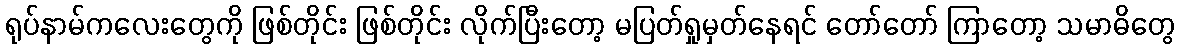
ရုပ်နာမ်ကလေးတွေကို ဖြစ်တိုင်း ဖြစ်တိုင်း လိုက်ပြီးတော့ မပြတ်ရှုမှတ်နေရင် တော်တော် ကြာတော့ သမာဓိတွေ